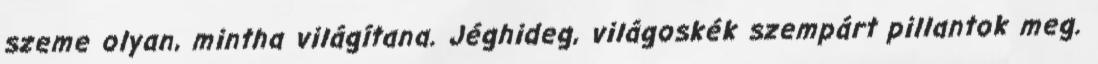
szeme olyan, mintha világítana. Jéghideg, világoskék szempárt pillantok meg.